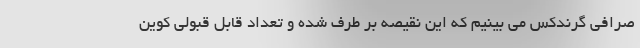
صرافی گرندکس می بینیم که این نقیصه بر طرف شده و تعداد قابل قبولی کوین